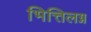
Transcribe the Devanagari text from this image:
भित्तिलग्न